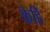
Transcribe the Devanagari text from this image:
केहिं